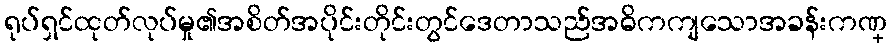
ရုပ်ရှင်ထုတ်လုပ်မှု၏အစိတ်အပိုင်းတိုင်းတွင်ဒေတာသည်အဓိကကျသောအခန်းကဏ္